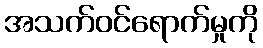
အသက်ဝင်ရောက်မှုကို